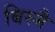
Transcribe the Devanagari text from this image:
बिस्मै